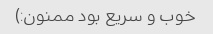
خوب و سریع بود ممنون:)